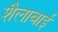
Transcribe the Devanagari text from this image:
शैलाबाई